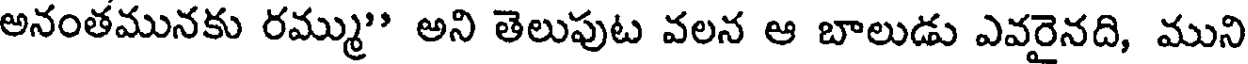
అనంతమునకు రమ్ము" అని తెలుపుట వలన ఆ బాలుడు ఎవరైనది, ముని